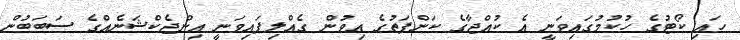
ހައި ކޯޓުގެ ހުކުމުގައިވަނީ އެ ކުއްޖާގެ ކަންފަތުގެ އިވުން ގެއްލިފައިވަނީ އިންޖެކްޝަނެއްގެ ސަބަބުން